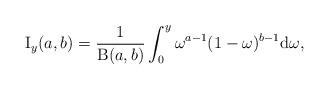
LaTeX: \begin{align*}\operatorname{I}_{y}(a,b) = \frac{1}{\operatorname{B}(a,b)}\int^{y}_{0} \omega^{a-1}(1-\omega)^{b-1}\mathrm{d}\omega,\end{align*}